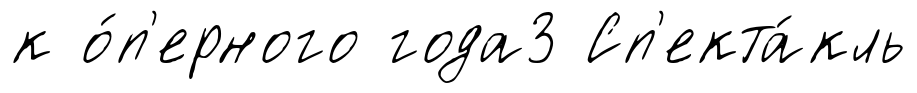
к о́п'ерного года3 Сп'екта́кль